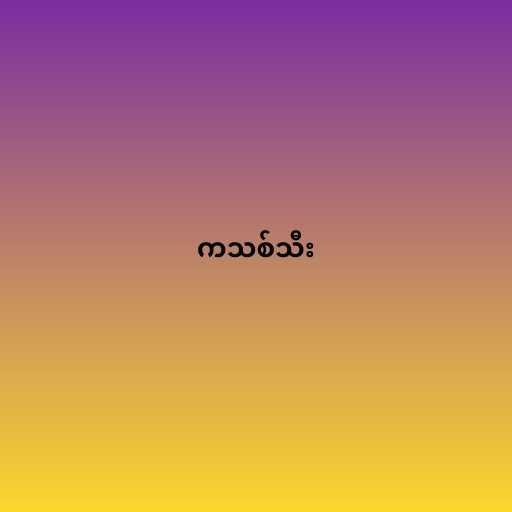
ကသစ်သီး